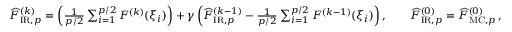
\begin{array} { r } { \widehat { F } _ { \mathrm { I R } , p } ^ { ( k ) } = \left( \frac { 1 } { p / 2 } \sum _ { i = 1 } ^ { p / 2 } F ^ { ( k ) } ( \xi _ { i } ) \right) + \gamma \left( \widehat { F } _ { \mathrm { I R } , p } ^ { ( k - 1 ) } - \frac { 1 } { p / 2 } \sum _ { i = 1 } ^ { p / 2 } F ^ { ( k - 1 ) } ( \xi _ { i } ) \right) , \qquad \widehat { F } _ { \mathrm { I R } , p } ^ { ( 0 ) } = \widehat { F } _ { \mathrm { M C } , p } ^ { ( 0 ) } \, , } \end{array}